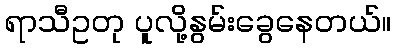
ရာသီဥတု ပူလို့နွမ်းခွေနေတယ်။